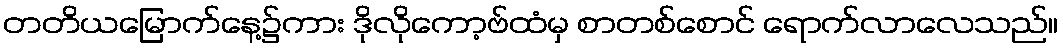
တတိယမြောက်နေ့၌ကား ဒိုလိုကော့ဗ်ထံမှ စာတစ်စောင် ရောက်လာလေသည်။